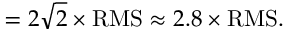
= 2 { \sqrt { 2 } } \times { \mathrm { R M S } } \approx 2 . 8 \times { \mathrm { R M S } } .